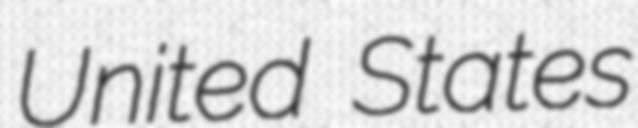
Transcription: United States